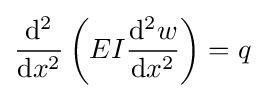
{\frac {\mathrm {d} ^{2}}{\mathrm {d} x^{2}}}\left(EI{\frac {\mathrm {d} ^{2}w}{\mathrm {d} x^{2}}}\right)=q